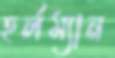
হর্লম্যান